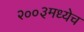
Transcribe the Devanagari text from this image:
२००३मध्येच